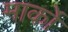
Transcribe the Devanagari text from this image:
मार्को